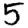
Digit: 5